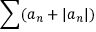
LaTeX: \sum ( a _ { n } + | a _ { n } | )